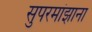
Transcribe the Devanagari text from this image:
सुपरमांझाना